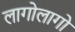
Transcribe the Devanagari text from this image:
लागोलागो